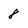
Character: 8